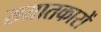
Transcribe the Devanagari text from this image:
ख्यातकारों